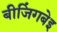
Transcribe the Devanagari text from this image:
बीजिंगबेइ